Report on vaccination in the Province of Bengal - 1874-1889
Year: 1874
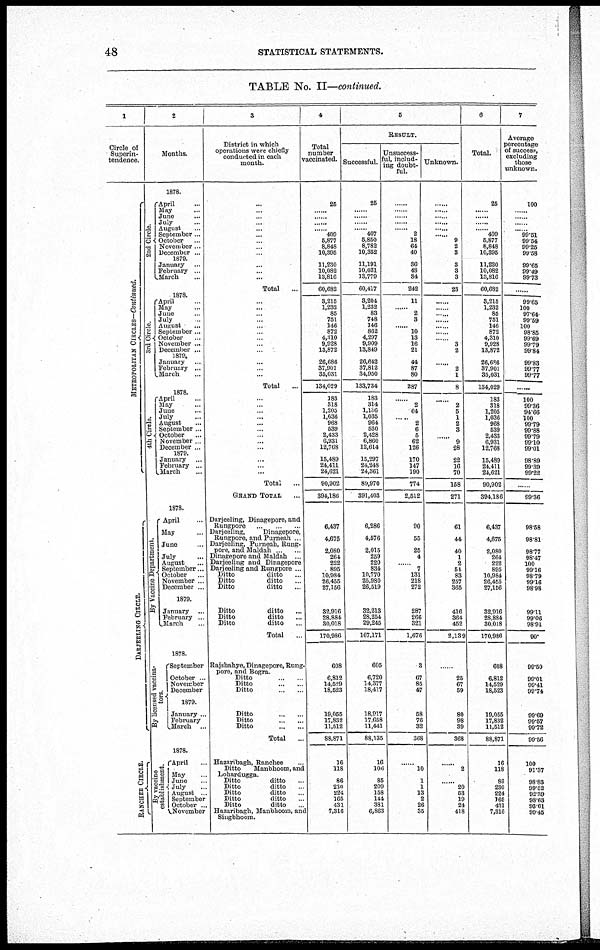
48
STATISTICAL STATEMENTS.
TABLE No. II—continued.
1
Circle of
Superin-
tendence.
METROPOLITAN CIRCLES—Continued.
DARJEELING CIRCLE.
RANCHEE CIRCLE.
2
Months.
1878.
2nd Circle.
April ...
May ...
June ...
July ...
August ...
September ...
October ...
November...
December ...
1879.
January ...
February ...
March ...
3rd Circle.
April ...
May ...
June ...
July ...
August ...
September ...
October ...
November ...
December ...
1879.
January ...
February ...
March ...
4th Circle.
April ...
May ...
June ...
July
...
August ...
September ...
October ...
November ...
December ...
1879.
January ...
February ..
March ...
1878.
By Vaccine Department.
April ...
May ...
June ...
July
August
September ..
October ...
November ...
December ...
1879.
January ...
February ..
March
1878.
By licensed vaccina-
tors.
September
1 October ...
November
December
1879.
January ...
February
March ...
1878.
By vaccine
establishment.
April
...
May ...
June ...
July ...
August .
September
October ...
November
3
District in which
operations were chiefly
conducted in each
month.
...
...
...
...
...
...
...
...
...
...
...
...
Total ...
...
...
...
...
...
...
...
...
...
...
...
...
Total ...
...
...
...
...
...
...
...
...
...
...
...
...
Total ...
GRAND TOTAL ...
Darjeeling, Dinagepore, and
Bungpore
Darjeeling,
Dinagepore,
Rungpore, and Purneah .
Darjeeling, Purneah, Bung-
pore, and Maldah .
Dinagepore and Maldah ..
Darjeeling and Dinagepore
Darjeeling and Rungpore ...
Ditto
ditto ...
Ditto
ditto ...
Ditto
ditto ...
Ditto
ditto ...
Ditto
ditto ...
Ditto
ditto ...
Total ...
Rajshahye, Dinagepore, Rung-
pore, and Bogra.
Ditto
...
...
Ditto
...
...
Ditto
...
...
Ditto
...
...
Ditto
...
...
Ditto
...
...
Total ...
Hazaribagh, Ranchee
Ditto
Manbhoom, and
Lohardugga.
Ditto
ditto ...
Ditto
ditto ...
Ditto
ditto
Ditto
ditto
Ditto
ditto
Hazanbagh, Manbhoom, and
Singbhoom.
4
Total
number
vaccinated.
25
......
......
......
......
409
5,877
8,848
10,395
11,280
10,082
13,816
60,682
3,216
1,232
86
751
146
872
4,310
9,928
13,872
26,686
37,901
35,031
134,029
183
818
1,205
1,036
968
539
2,433
6,931
12,768
15,489
24,411
24,621
90,902
394,186
6,437
4,675
2,080
264
222
895
10,984
26,455
27,156
32,916
28,884
30,018
170,986
608
6,812
14,529
18,623
19,055
17,832
11,512
88,871
16
118
86
210
224
165
431
7,316
5
RESULT.
Successful.
25
......
......
......
......
407
5,850
8,782
10,352
11,191
10,031
13,779
60,417
3,204
1,232
83
748
146
862
4,297
9,909
13,849
26,642
37,812
34,950
133,734
183
314
1,186
1,035
964
530
2,428
6,860
12,614
15,297
24,248
24,361
89,970
891,403
6,286
4,576
2,015
259
220
834
10,770
25,980
26,519
32,213
28,254
29,245
167,171
605
6,720
14,377
18,417
18,917
17,658
11,441
88,135
16
106
85
209
158
144
381
6,863
Unsuccess-
ful, includ-
ing doubt-
ful.
......
......
......
......
......
2
18
64
40
36
48
34
242
11
......
2
3
......
10
13
16
21
44
87
80
287
......
2
64
......
2
6
5
62
126
170
147
190
774
2,512
90
55
25
4
......
7
131
218
272
287
266
321
1,676
3
67
85
47
58
76
32
368
......
10
1
1
13
2
26
35
Unknown.
......
......
......
......
......
......
9
2
3
3
3
3
23
......
......
......
......
......
......
......
3
2
......
2
1
8
......
2
5
1
2
3
...
9
28
22
16
70
158
271
61
44
40
1
2
61
83
257
365
416
364
452
2,139
......
25
67
59
80
98
39
368
......
2
......
20
53
19
24
418
6
Total.
25
......
......
......
......
409
5,877
8,848
10,395
11,230
10,082
13,816
60,682
3,215
1,232
86
751
146
872
4,310
9,928
13,872
28,686
37.901
35,031
134,029
183
318
1,205
1,036
968
539
2,438
6,931
12,768
15,489
24,411
24,621
90,902
394,186
6,437
4,675
2,080
264
222
895
10,984
26,455
27,156
32,916
28,884
30,018
170,986
608
6,812
14,529
18,523
19,055
17,882
11,512
88,871
16
118
88
230
224
165
481
7,316
7
Average
percentage
of success,
excluding
those
unknown.
100
......
......
......
......
99.51
99.54
99.26
99.58
99.65
99.49
99.73
......
99.65
100
97.64
99.59
100
98.85
99.69
99.79
99.84
99.83
99.77
99.77
...
100
99.36
94.66
100
99.79
99.88
99.79
99.10
99.01
98.89
99.39
99.22
......
99.36
98.58
98.81
98.77
98.47
100
99.16
98.79
99.16
98.98
99.11
99.06
98.91
99
99.50
99.01
99.41
99.74
99.69
99.57
99.72
99.56
100
91.37
98.83
99.52
92.39
98.63
93.61
99.46